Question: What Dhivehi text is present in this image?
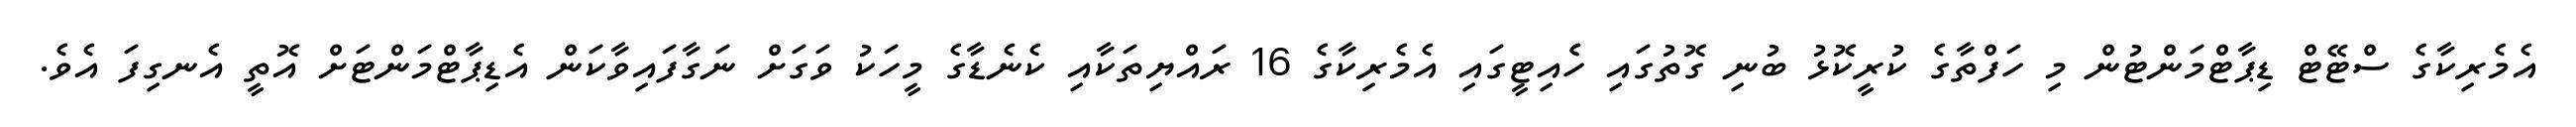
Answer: އެމެރިކާގެ ސްޓޭޓް ޑިޕާޓްމަންޓުން މި ހަފްތާގެ ކުރީކޮޅު ބުނި ގޮތުގައި ހެެއިޓީގައި އެމެރިކާގެ 16 ރައްޔިތަކާއި ކެނެޑާގެ މީހަކު ވަގަށް ނަގާފައިވާކަން އެޑިޕާޓްމަންޓަށް އޮތީ އެނގިފަ އެވެ.